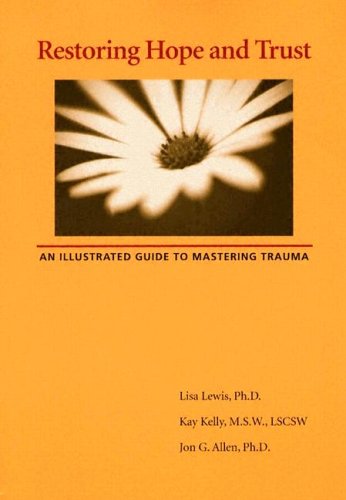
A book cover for Restoring Hope And Trust: An Illustrated Guide To Mastering Trauma; Lisa Lewis; Health, Fitness & Dieting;